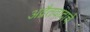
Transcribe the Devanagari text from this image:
अद्वैतवादाचे